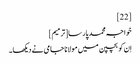
[22]
خواجہ محمد پارسا[ترمیم]
اِن کو بچپن میں مولانا جامی نے دیکھا۔